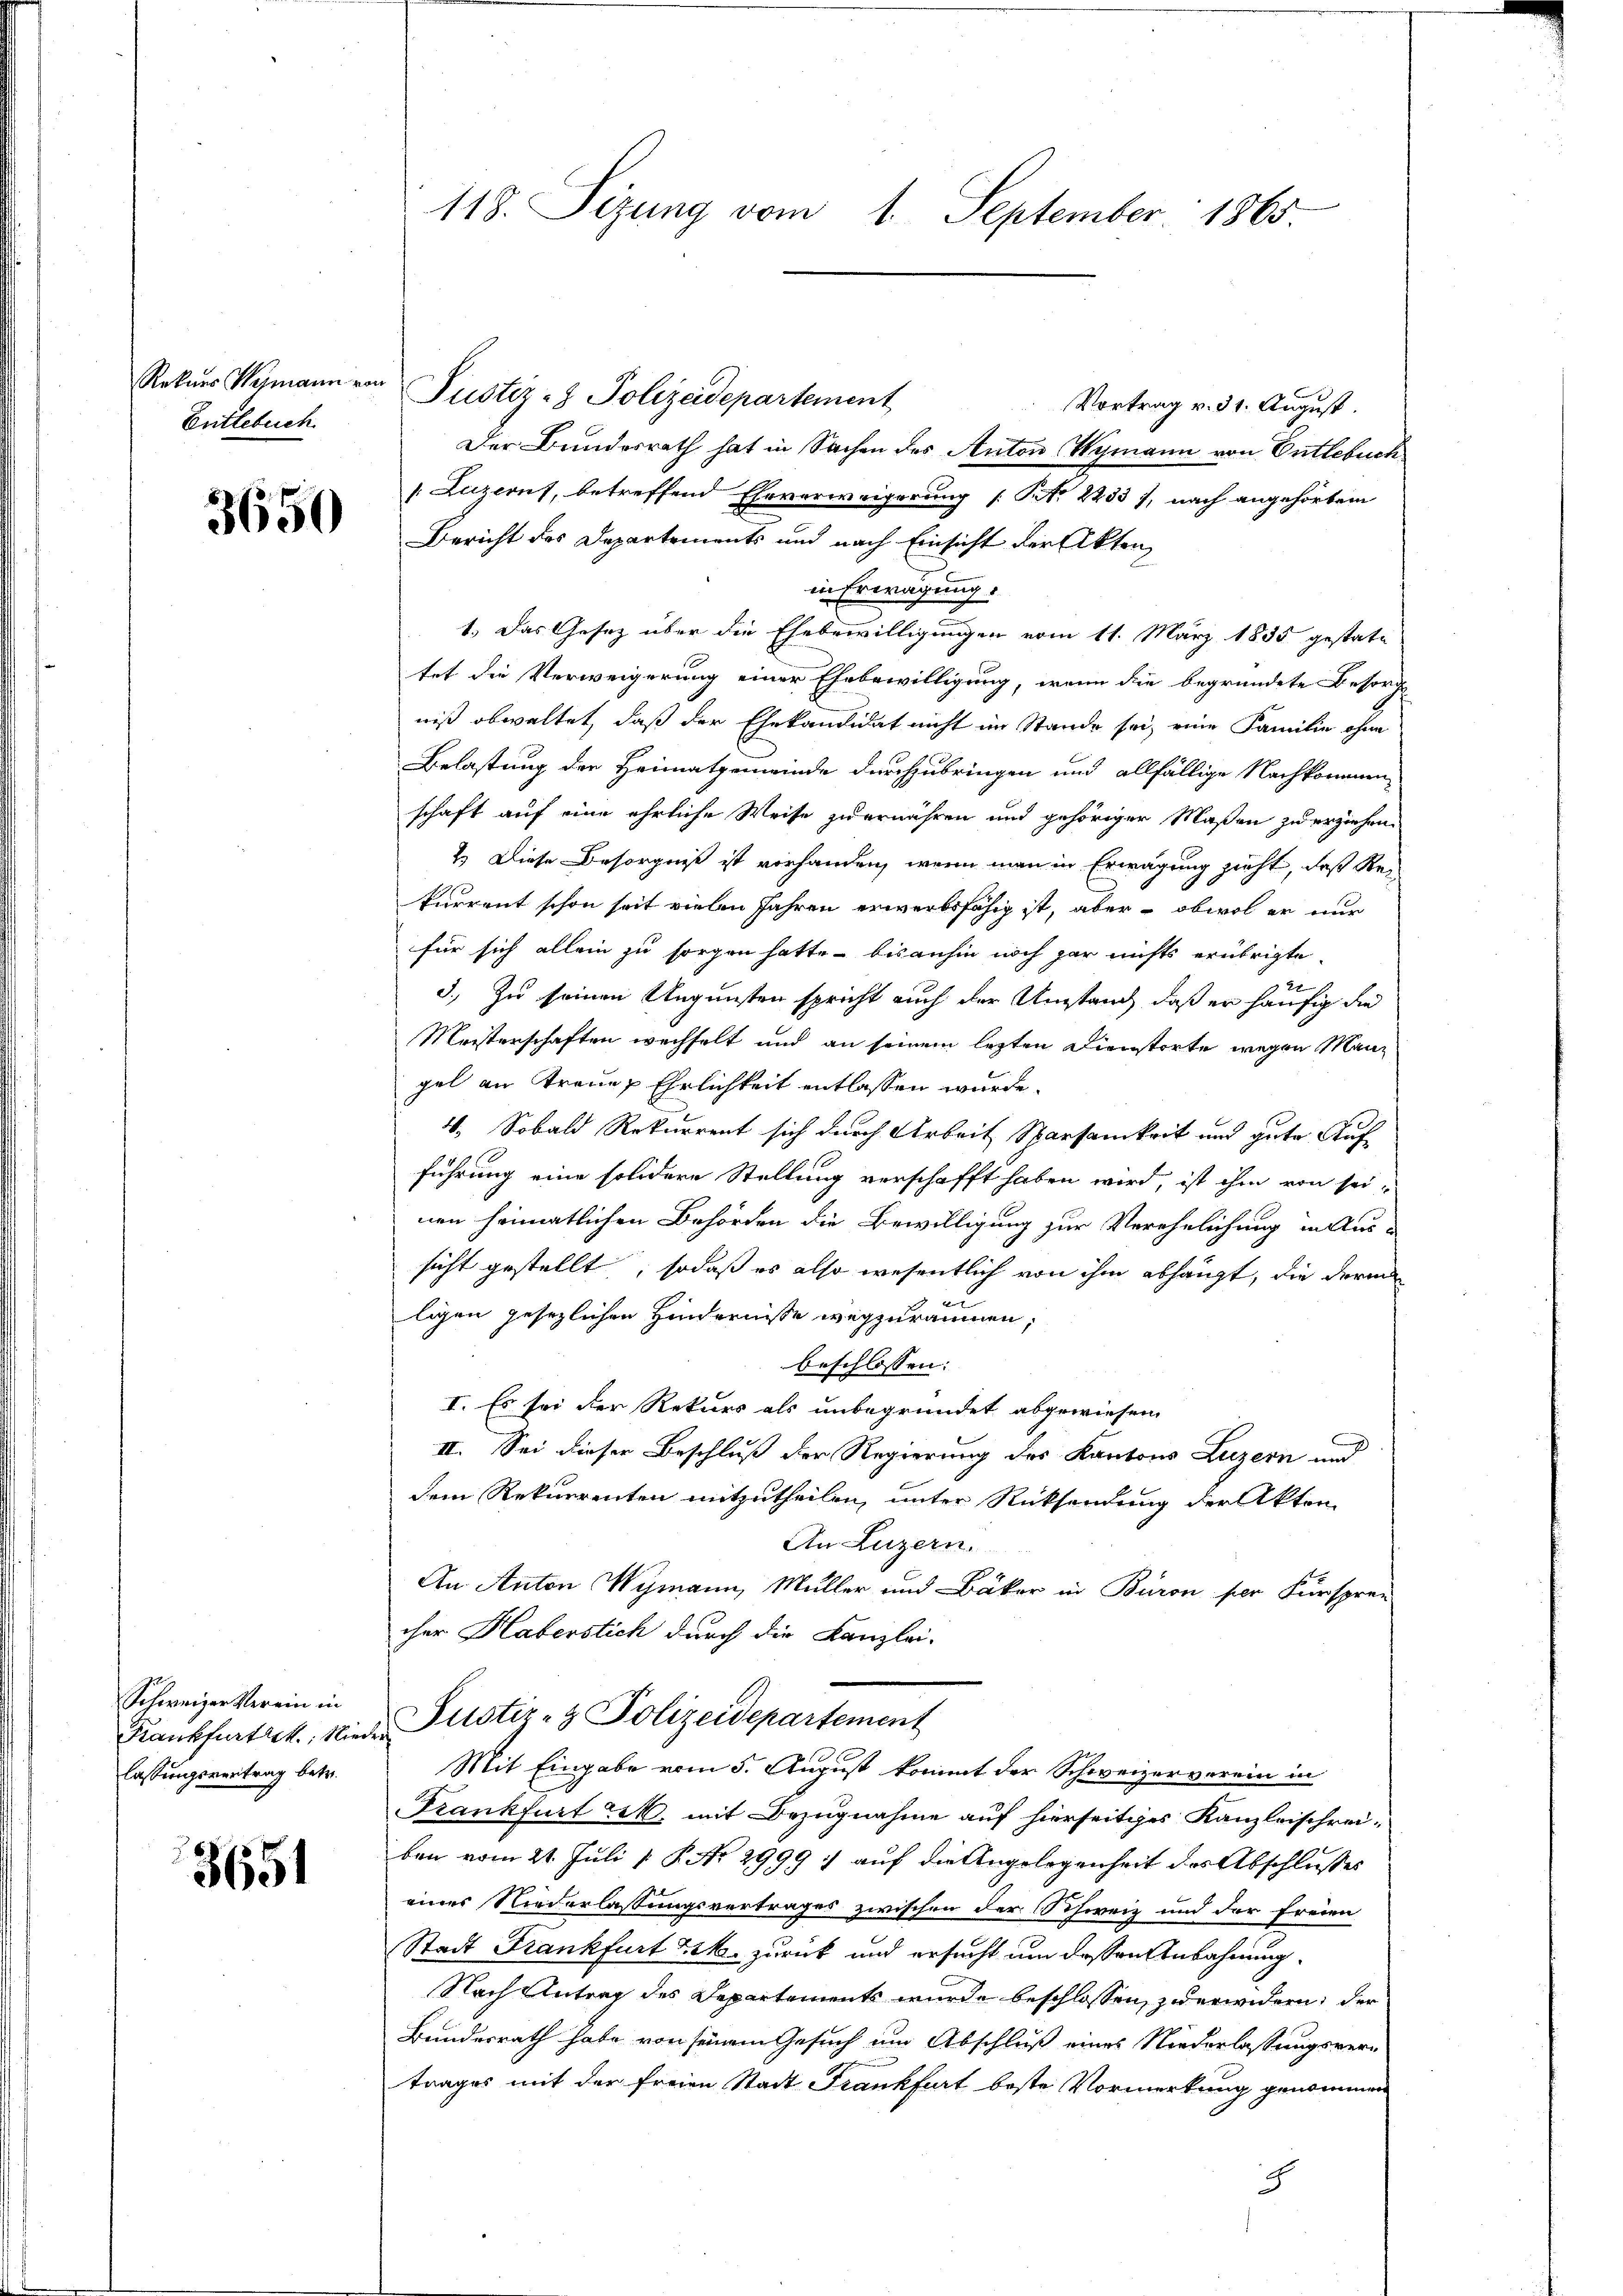
Entlebuch

3650

Schweizer Verein in
Krankfurthet. Nied
lassungsvertrag betr.

3651

118. Sizung vom 1. September 1865

Rekurs Vymann von Justiz- & Polizeidepartement
Vortrag v. 31. August.
Der Bundesrath hat in Sachen des Anton Wymann von Entlebuch
[Luzerns, betreffend Eheverweigerung [Art. 22337, nach angehörtem
Bericht des Departements und nach Einsicht der Akten,
in Erwägung.
1.) Das Gesetz über die Ehebewilligungen vom 11. März 1835 gestattet die Verweigerung einer Ehebewilligung, wenn die begründete Besorge
niß obwaltet, daß der Ehekandidat nicht im Stande sei, eine Familie ohne
Belastung der Heimatgemeinde durchzubringen und allfällige Nachkommen-
schaft auf eine ehrliche Weise zu ernähren und gehöriger Maßen zu erziehen.
2.) Diese Besorgniß ist vorhanden, wenn man in Erwägung zieht, daß Reikurrent schon seit vielen Jahren erwerbsfähig ist, aber - obwol er nur
für sich allein zu sorgen hatte – bis anhin noch gar nichts erübrigte
22
3. Zu seinen Ungunsten spricht auch der Umstand, daß er häufig die
Meisterschaften wechselt und an seinem lezten Dienstorte wegen Mann
gel an Treue Ehrlichkeit entlassen würde.
4. Sobald Rekurrent sich durch Arbeit Sparsamkeit und gute Auf
führung eine solidere Stellung verschafft haben wird, ist ihm von sei-
nen heimatlichen Behörden die Bewilligung zur Verehelichung in Aus
sicht gestellt, sodaß es also wesentlich von ihm abhängt, die der
ligen gesezlichen Hindernisse wegzuräumen;
beschlossen:
I. Es sei der Rekurs als unbegründet abgewiesen.
III. Sei dieser Beschluß der Regierung des Kantons Luzern und
dem Rekurrenten mitzutheilen, unter Rücksendung der Akten
An Luzern.
An Anton Vymann, Müller und Bäker in Baron per Fürspren
cher Haberstich durch die Kanzlei-
Puster- & Polizeidepartement
Mit Eingabe vom 5. August kommt der Schweizerverein in
Frankfurt u. mit Bezugnahme auf hierseitiges Kanzleischreiben vom 21. Juli [ P. No 2999) auf die Angelegenheit der Abschlusses
eines Niederlassungsvertrages zwischen der Schweiz und der freien
Stadt Frankfurt 22. zurück und ersucht um dessen Anbahnung
Nach Antrag des Departements wurde beschlossen, zu erwidern, der
Bundesrath habe von seinem Gesuch um Abschluß eines Niederlassungsvertrages mit der freien Stadt Frankfurt beste Vormerkung genommen
8